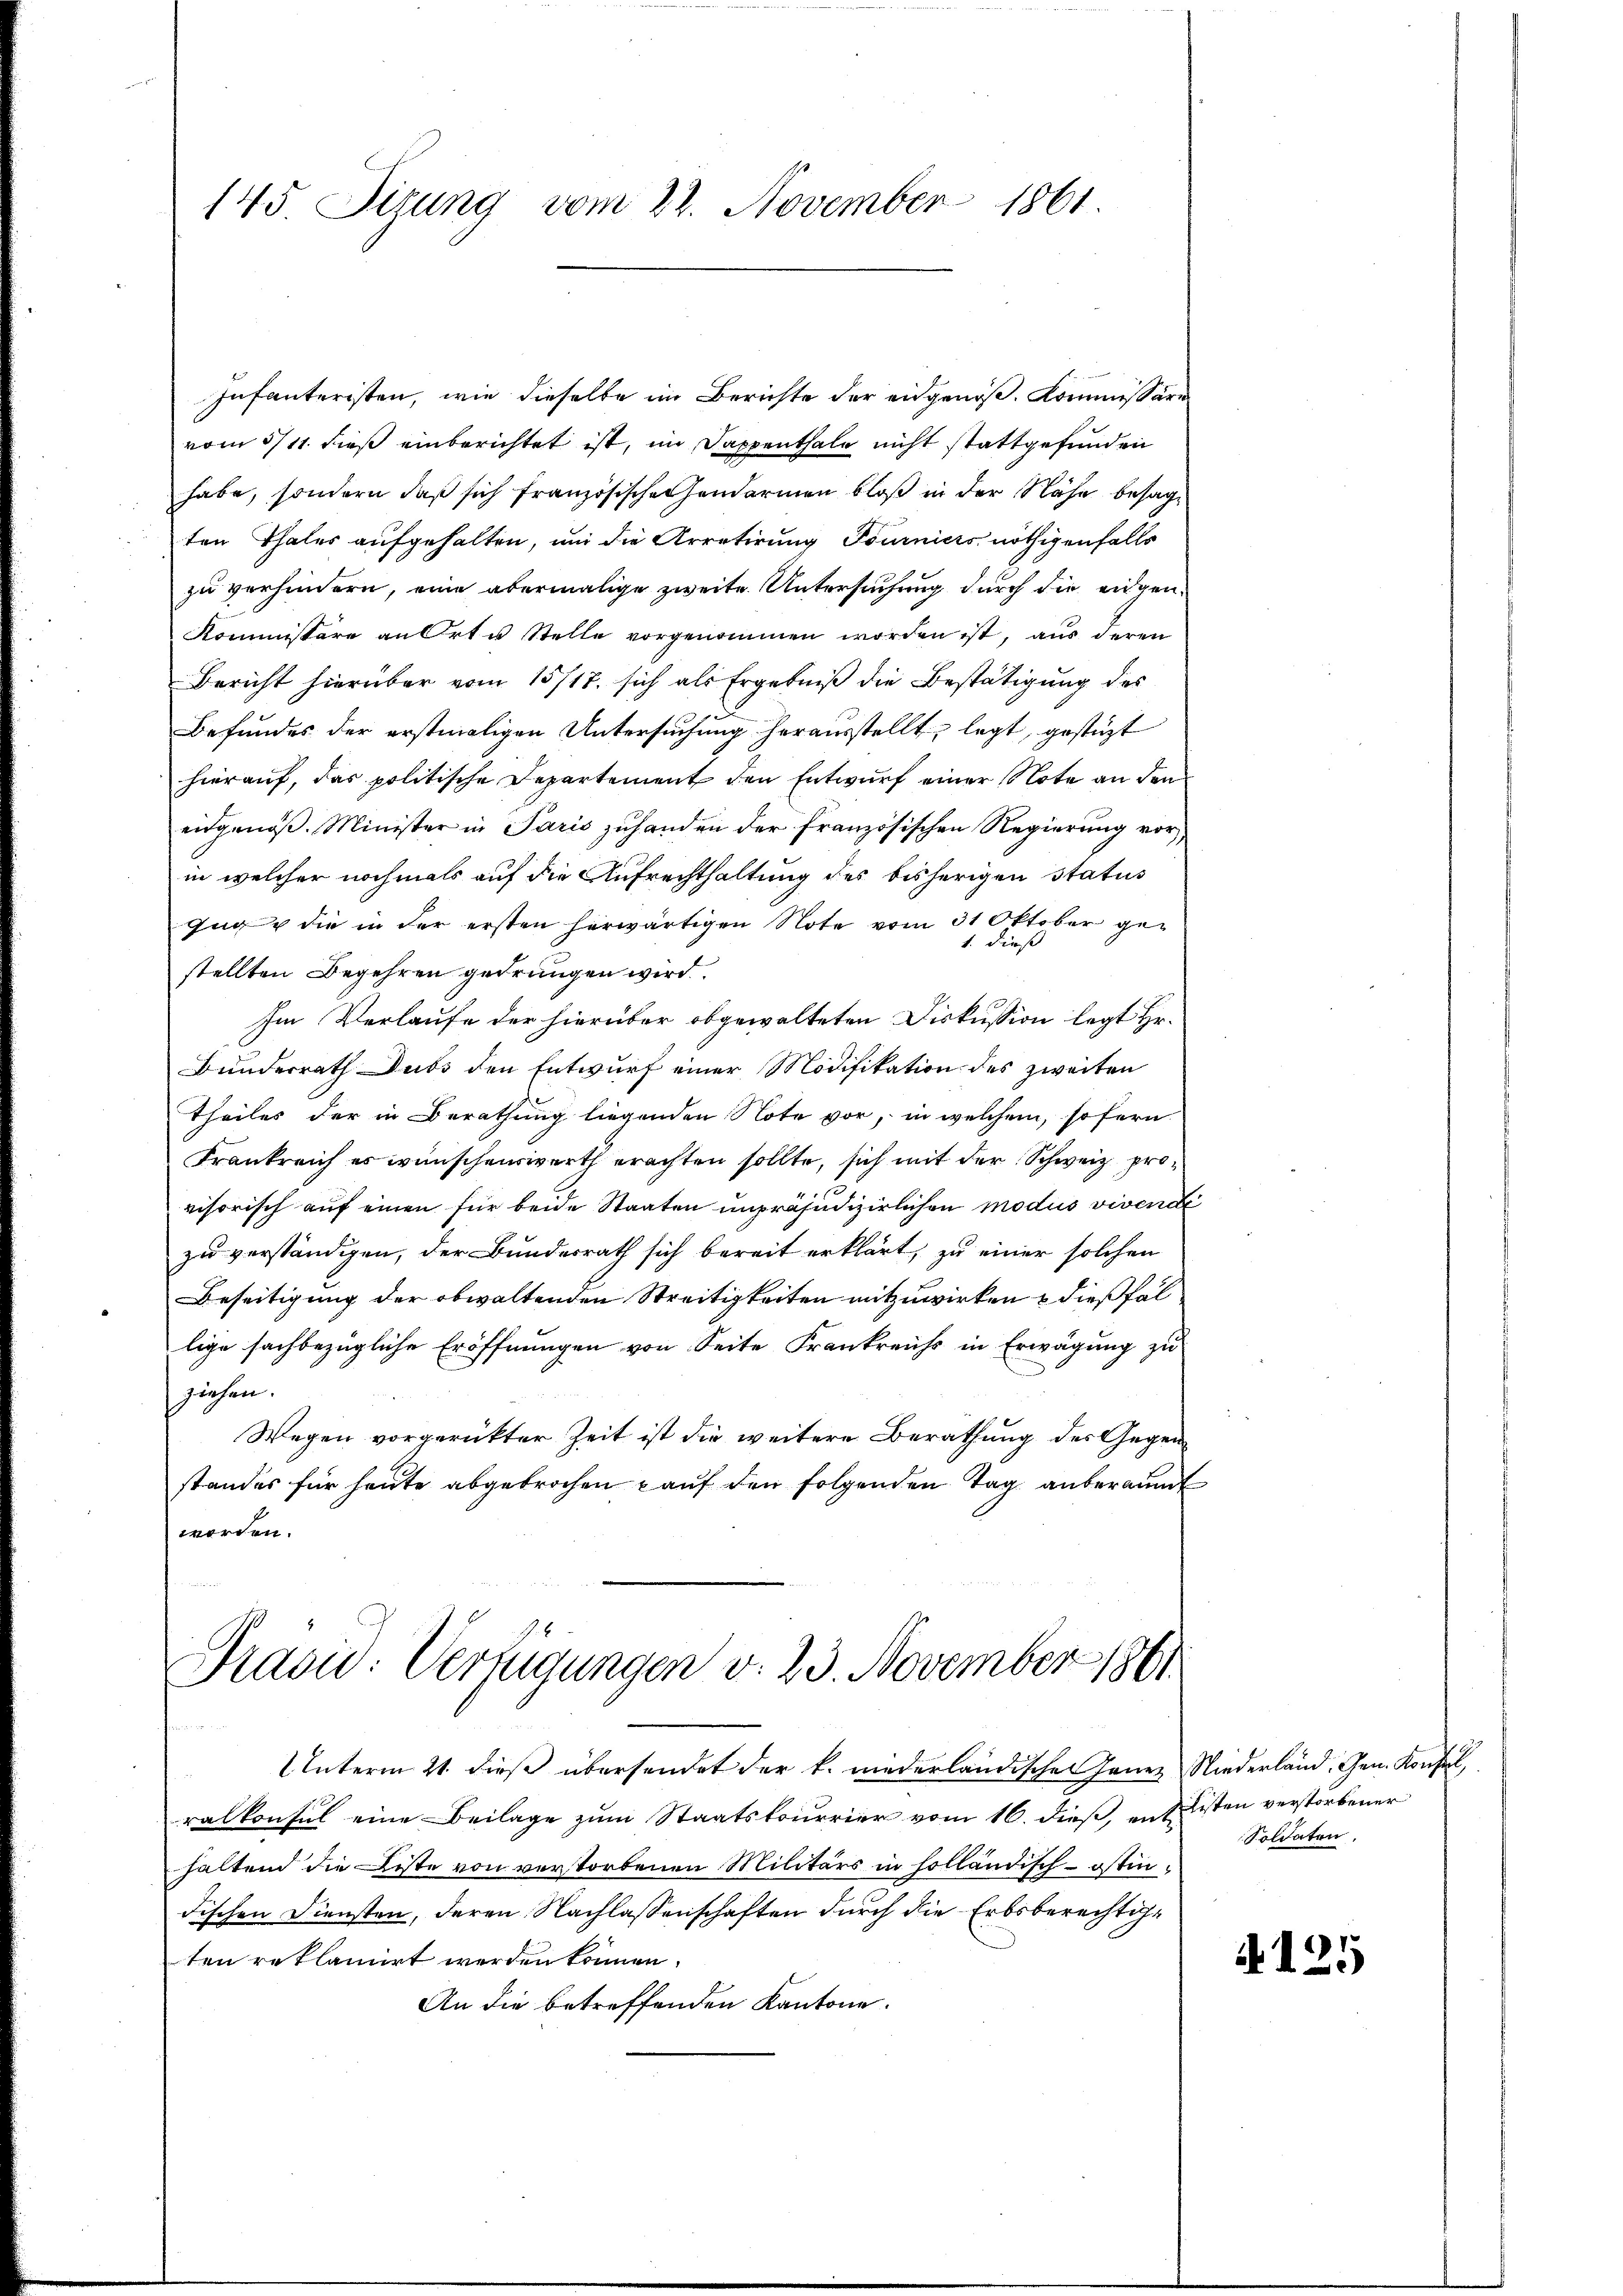
145. Sizung vom 22. November 1861.

Infanteristen, wie dieselbe im Berichte der eidgenöß. Kommissäre
vom 5/11. dieß einberichtet ist, im Sappenthale nicht stattgefunden
habe, sondern daß sich französische andarmen bloß in der Nähe besage
ten Thales aufgehalten, um die Arretirung Tourniers nöthigenfalls
zu verhindern, eine abermalige zweite Untersuchung durch die eigen¬
Kommissäre an Ort u. Stelle vorgenommen worden ist, aus deren
Bericht hierüber vom 15717. sich als Ergebniß die Bestätigung des
Befundes der erstmaligen Untersuchung herausstellt, legt, gestüzt
hierauf, das politische Departement den Entwurf einer Note an den
eidgenöß. Minister in Paris zuhanden der französischen Regierung vor
in welcher nochmals auf die Aufrechthaltung des bisherigen status
Juge die in der ersten herwärtigen Note vom 31 Oktober ge¬
1.
dieß
stellten Begehren gedrungen wird.
Im Verlaufe der hierüber obgewalteten Diskussion legt Hr.
Bunderrath Dubs den Entwurf einer Modifikation des zweiten
Theiles der in Berathung liegenden Note vor, in welchem, sofern
Frankreich es wünschenswerth erachten sollte, sich mit der Schweiz provisorisch auf einen für beide Staaten unpräjudizierlichen modus vivende
zu verständigen, der Bundesrath sich bereit erklärt, zu einer solchen
Beseitigung der obwaltenden Streitigkeiten mitzuwirken & dießfällige sachbezügliche Eröffnungen von Seite Frankreichs in Erwägung zu
ziehen.
Wegen vorgerückter Zeit ist die weitere Berathung des Gegenstandes für heute abgebrochen kauf den folgenden Tag anberaumt
worden.

Prasi: Verfügungen v. 23. November 1861

Interm 21. dieß übersendet der k. niederländischen Janer
ralkonsul eine Beilage zum Staatskourrier vom 16. dieß, entsten verstorbener
haltend die Liste von verstorbenen Militärs in solländisch-östindischen Diensten, deren Nachlassenschaften durch die Erbsberechtiten reklamirt werden können.
An die betreffenden Kantone.

Niederland. Gen. Konsul,
Soldaten.

4125